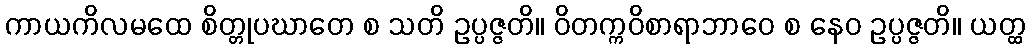
ကာယကိလမထေ စိတ္တုပဃာတေ စ သတိ ဥပ္ပဇ္ဇတိ။ ဝိတက္ကဝိစာရာဘာဝေ စ နေဝ ဥပ္ပဇ္ဇတိ။ ယတ္ထ